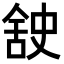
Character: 𮍸